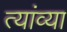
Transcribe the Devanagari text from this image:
त्यांव्या